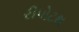
રીપોટથ